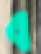
ব